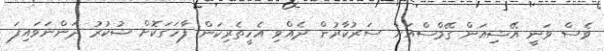
ވެސް ވަނީ އޭޝިއަން ގޭމްސްއަށް ސަރުކާރުން ދެއްވި އެހީތެރިކަން ފާހަގަކޮށް ޝުކުރު ދަންނަވައިފަ